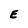
Character: E